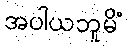
အပါယဘူမိံ